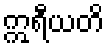
ဣရီယတိ